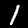
Digit: 1